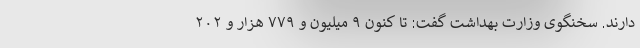
دارند. سخنگوی وزارت بهداشت گفت: تا کنون ۹ میلیون و ۷۷۹ هزار و ۲۰۲